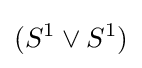
(S^{1}\vee S^{1})